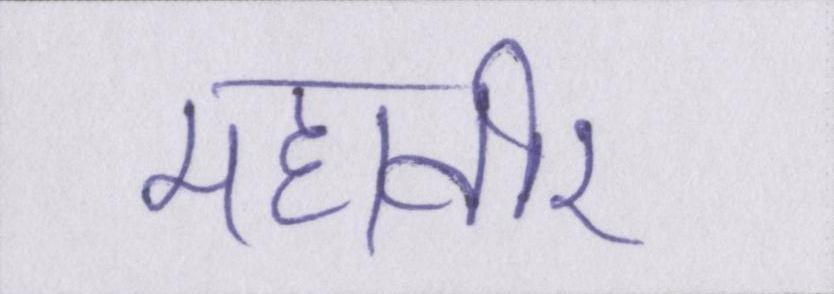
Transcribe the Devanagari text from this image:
महावीर